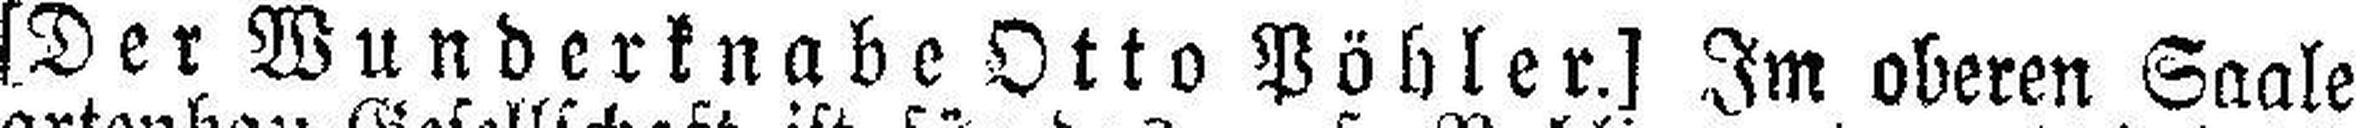
[Der Wunderknabe Otto Pöhler.] Im oberen Saale